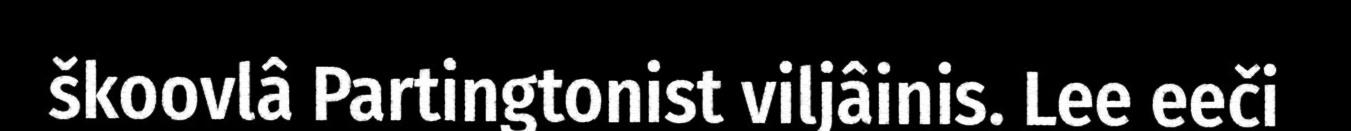
škoovlâ Partingtonist viljâinis. Lee eeči